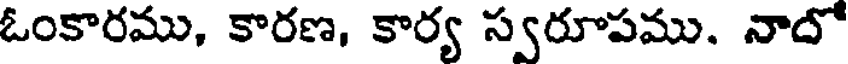
ఓంకారము, కారణ, కార్య స్వరూపము. నాదో